Investigations into the jail dietaries of the United Provinces with some observations on the influence of dietary on the physical development and well-being of the people of the United Provinces - Number 48
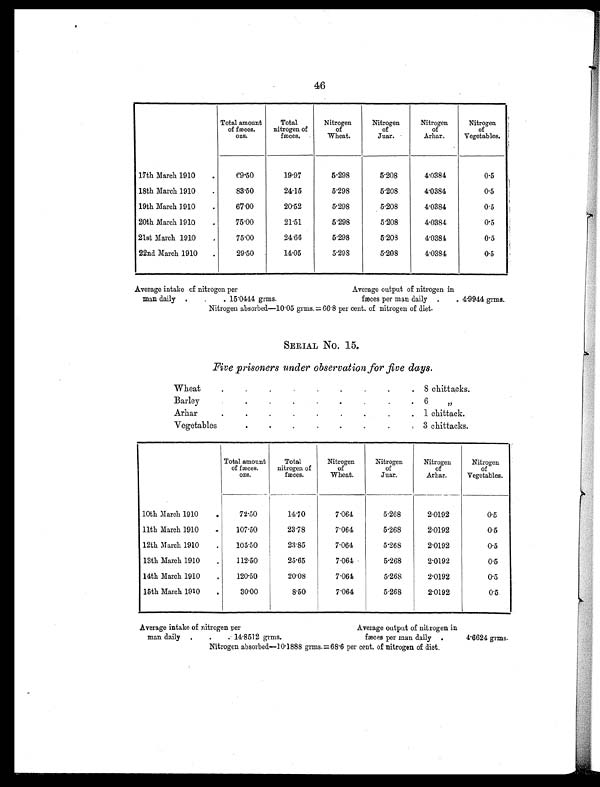
46
Total amount
of fæces.
o z s .
Total
nitrogen of
fæces.
Nitrogen
of
Wheat.
Nitrogen
of
Juar .
Nitrogen
of
Arhar.
Nitrogen
of
Vegetables.
17th March 1910
.
69.50
19.97
5.298
5.208
4.0384
0.5
18th March 1910
.
83.50
24.15
5.298
5.208
4.0384
0.5
19th March 1910
.
67.00
20.52
5.298
5.208
4.0384
0.5
20th March 1910
.
75.00
21.51
5.298
5.208
4.0384
0.5
21st March 1910
.
75.00
24.66
5.298
5.208
4.0384
0.5
22nd March 1910
.
29.50
14.05
5.298
5.208
4.0384
0.5
Average intake of nitrogen per
Average output of nitrogen in
man daily
.
.
. 1 5 . 0 4 4 4 g r ms .
fæces per man daily .
. 4.9944 grms.
Nitrogen absorbed—10.05 grms. = 66.8 per cent. of nitrogen of diet.
SERIAL No. 15.
Five prisoners under observation for five days.
Wheat
.
.
.
.
.
.
.
.
. 8 chittacks
.
Barley
.
.
.
.
.
.
.
.
. 6 „
Arhar
.
.
.
.
.
.
.
.
. 1 chittack.
Vegetables
.
.
.
.
.
.
.
. 3 chittacks.
Total amount
of fæces. o z s .
Total
nitrogen of
fæces.
Nitrogen
of
Wheat.
Nitrogen
of
J ua r .
Nitrogen
of
Arhar.
Nitrogen
of
Vegetables.
10th March 1910
.
72.50
14.70
7.064
5.268
2.0192
0.5
11th March 1910
.
107.50
23.78
7.064
5.268
2.0192
0.5
12th March 1910
.
105.50
23.85
7.064
5.268
2.0192
0.5
13th March 1910
.
112.50
25.65
7.064
5.268
2.0192
0.5
14th March 1910
.
120.50
20.08
7.064
5.268
2.0192
0.5
15th March 1910
.
30.00
8 . 5 0
7.064
5.268
2.0192
0.5
Average intake of nitrogen per
Average output of nitrogen in
man daily .
.
. 1 4 . 8 5 1 2 g r ms .
fæces per man daily
.
4.6624 grms.
Nitrogen absorbed—10.1888 grms. =68.6 per cent. of nitrogen of diet.